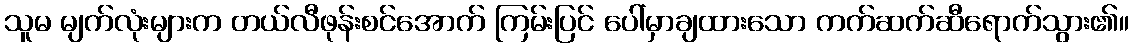
သူမ မျက်လုံးများက တယ်လီဖုန်းစင်အောက် ကြမ်းပြင် ပေါ်မှာချထားသော ကက်ဆက်ဆီရောက်သွား၏။